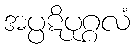
အပ္ပဋိပုဂ္ဂလံ